system: You are a helpful assistant.
user:
Analyze the provided spectrum to determine if it is a **M-type Giant (gM)**.

A M-type Giant spectrum is defined by its **strong molecular absorption** features, particularly from **Titanium Oxide (TiO)**. You must check for one of the following mutually exclusive signatures:

- **Key Visual Indicators (Absorption-Dominated Spectrum):**

    - **(Primary):** The spectrum is dominated by strong molecular absorption from **Titanium Oxide (TiO)**. This is the **defining feature** of its M-type temperature class.
        - **(Key Bandheads):** Look for sharp, "saw-tooth" absorption valleys. The strongest are located near **~7050 Å**, **~6160 Å**, and **~5170 Å**.
        - **(Line Profile):** The "saw-tooth" morphology is critical: a **sharp, steep drop on the BLUE (short-wavelength) side** of the bandhead, followed by a gradual recovery (rising flux) towards the RED (long-wavelength) side.

    - **(Key Confirmation - Giant vs. Dwarf):** **ABSENCE** of strong **Calcium Hydride (CaH)** molecular bands. This is the primary diagnostic for *excluding* M-dwarfs.
        - **(Key Region):** The spectrum should lack the strong, broad absorption band seen in dwarfs between **~6800 Å and ~7000 Å**.

    - **(Secondary Confirmation - Giant):** A very strong and broad **Neutral Calcium (Ca I)** atomic absorption line.
        - **(Key Line):** Located at **~4226 Å**. In a giant (gM), this line is significantly deeper and broader than the same line in an M-dwarf (dM) due to low surface gravity.

    - **(Overall Spectrum):**
        - The continuum is **extremely red-sloping** (i.e., flux is very low in the blue and rises dramatically towards the red).
        - The entire spectrum appears "chopped up" by the deep TiO bands.

Think first, call **spectral_visualization_tool** if needed to examine features in detail, then provide your final answer. Your response must adhere to the following strict rules:
1.  **Overall Structure:** Your response must follow the format `<think>...</think> <tool_call>...</tool_call> (if a tool is used) <answer>...</answer>`.
2.  **Tool Usage Constraint:** You may only make **one** tool call per turn.
3.  **Final Answer Format:** In the `<answer>` tag, your conclusion must be inside a `\boxed{}` command (e.g., `\boxed{YES}` or `\boxed{NO}`), followed by your justification.

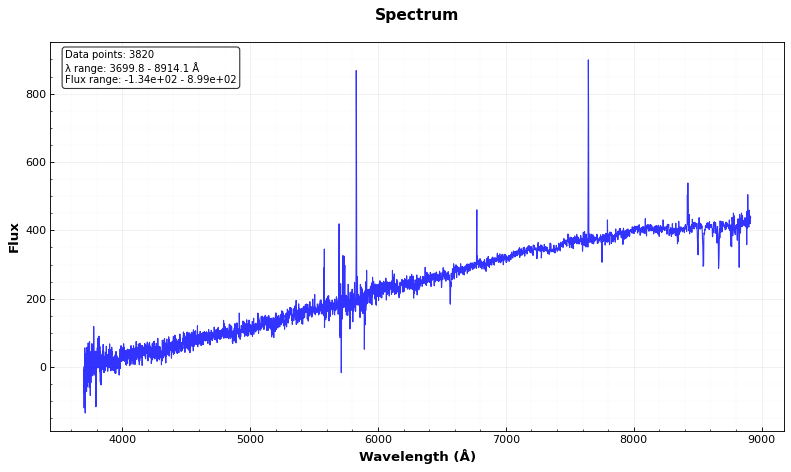
Answer: NO